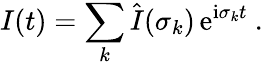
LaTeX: {\mathbf\cal I}(t)=\sum_{k}\hat{\mathbf\cal I}(\sigma_{k})\, \mathrm{e}^{\mathrm{i}\sigma_{k}t}\ .